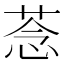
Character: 菍